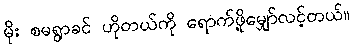
မိုး စမရွာခင် ဟိုတယ်ကို ရောက်ဖို့မျှော်လင့်တယ်။